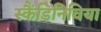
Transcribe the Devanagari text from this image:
स्कैंडिनिविया